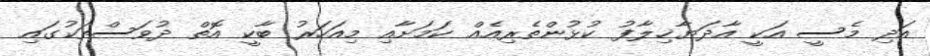
އަދި މެސީ އަކީ އާދަޔާޚިލާފު ކުޅުންތެރިއެއް ކަމަށާއި މިއަހަރު ބާކީ އޮތް ދުވަސްތަކުގައި